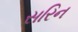
સરિન